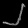
Digit: ၂